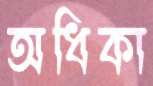
অধিকা